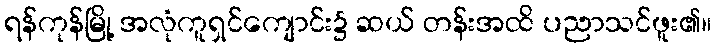
ရန်ကုန်မြို့ အလုံကူရှင်ကျောင်း၌ ဆယ် တန်းအထိ ပညာသင်ဖူး၏။